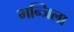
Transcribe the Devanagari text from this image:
मन्जिला